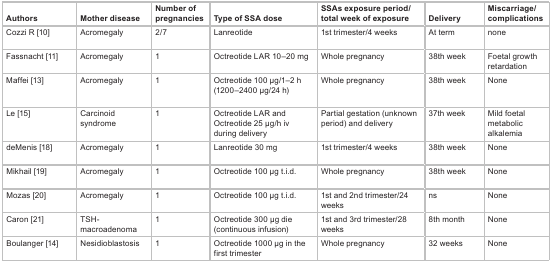
<table><thead><tr><td><b>Authors</b></td><td><b>Mother disease</b></td><td><b>Number of pregnancies</b></td><td><b>Type of SSA dose</b></td><td><b>SSAs exposure period/total week of exposure</b></td><td><b>Delivery</b></td><td><b>Miscarriage/complications</b></td></tr></thead><tbody><tr><td>Cozzi R [10]</td><td>Acromegaly</td><td>2/7</td><td>Lanreotide</td><td>1st trimester/4 weeks</td><td>At term</td><td>none</td></tr><tr><td>Fassnacht [11]</td><td>Acromegaly</td><td>1</td><td>Octreotide LAR 10–20 mg</td><td>Whole pregnancy</td><td>38th week</td><td>Foetal growth retardation</td></tr><tr><td>Maffei [13]</td><td>Acromegaly</td><td>1</td><td>Octreotide 100 μg/1–2 h (1200–2400 μg/24 h)</td><td>Whole pregnancy</td><td>38th week</td><td>None</td></tr><tr><td>Le [15]</td><td>Carcinoid syndrome</td><td>1</td><td>Octreotide LAR and Octreotide 25 μg/h iv during delivery</td><td>Partial gestation (unknown period) and delivery</td><td>37th week</td><td>Mild foetal metabolic alkalemia</td></tr><tr><td>deMenis [18]</td><td>Acromegaly</td><td>1</td><td>Lanreotide 30 mg</td><td>1st trimester/4 weeks</td><td>38th week</td><td>None</td></tr><tr><td>Mikhail [19]</td><td>Acromegaly</td><td>1</td><td>Octreotide 100 μg t.i.d.</td><td>Whole pregnancy</td><td>38th week</td><td>None</td></tr><tr><td>Mozas [20]</td><td>Acromegaly</td><td>1</td><td>Octreotide 100 μg t.i.d.</td><td>1st and 2nd trimester/24 weeks</td><td>ns</td><td>None</td></tr><tr><td>Caron [21]</td><td>TSH-macroadenoma</td><td>1</td><td>Octreotide 300 μg die (continuous infusion)</td><td>1st and 3rd trimester/28 weeks</td><td>8th month</td><td>None</td></tr><tr><td>Boulanger [14]</td><td>Nesidioblastosis</td><td>1</td><td>Octreotide 1000 μg in the first trimester</td><td>Whole pregnancy</td><td>32 weeks</td><td>None</td></tr></tbody></table>